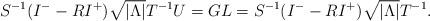
LaTeX: \begin{align*}S^{-1} (I^- - R I^+) \sqrt{|\Lambda|}T^{-1}U =G L=S^{-1} (I^- - R I^+) \sqrt{|\Lambda|}T^{-1}.\end{align*}